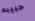
حبيبه